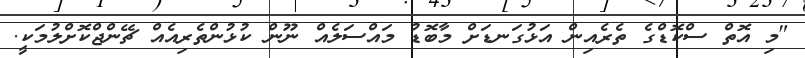
"މި އޮތް ސްކޮޑްގެ ތެރެއިން އަޅުގަނޑަށް މާބޮޑު މައްސަލެއް ނޫން ކުޅުންތެރިއެއް ޗޭންޖްކޮށްލުމަކީ.